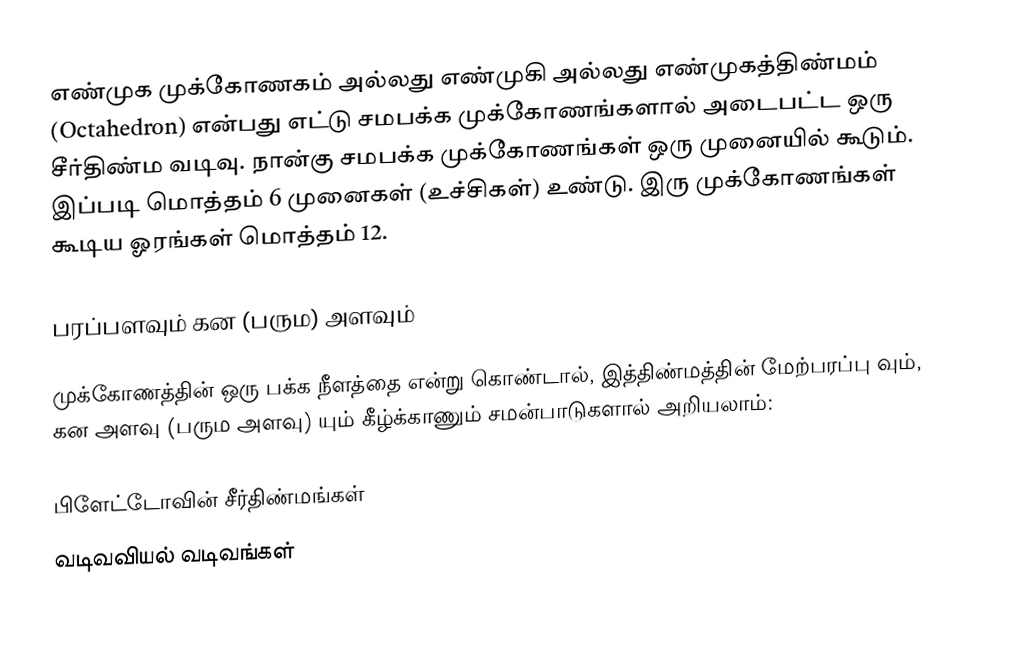
எண்முக முக்கோணகம் அல்லது எண்முகி அல்லது எண்முகத்திண்மம் (Octahedron) என்பது எட்டு சமபக்க முக்கோணங்களால் அடைபட்ட ஒரு சீர்திண்ம வடிவு. நான்கு சமபக்க முக்கோணங்கள் ஒரு முனையில் கூடும். இப்படி மொத்தம் 6 முனைகள் (உச்சிகள்) உண்டு. இரு முக்கோணங்கள் கூடிய ஓரங்கள் மொத்தம் 12.

பரப்பளவும் கன (பரும) அளவும்

முக்கோணத்தின் ஒரு பக்க நீளத்தை  என்று கொண்டால், இத்திண்மத்தின் மேற்பரப்பு  வும், கன அளவு (பரும அளவு) யும் கீழ்க்காணும் சமன்பாடுகளால் அறியலாம்:

பிளேட்டோவின் சீர்திண்மங்கள்
வடிவவியல் வடிவங்கள்